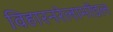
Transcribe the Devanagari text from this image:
विहारनरेलामॉडल